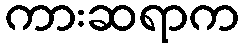
ကားဆရာက